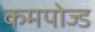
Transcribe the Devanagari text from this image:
कमपोज्ड